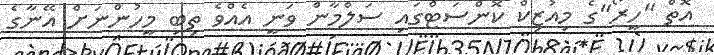
އޮތް "ހީރޯ"ގެ މިއުޒިކް ކޮންސަޓްގައިި ސަލްމާން ވަނީ އެއްވެ ތިބި މީހުންނަށް އޭނާގެ